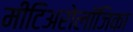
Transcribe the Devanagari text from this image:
मीटिअरोलॉजिका